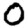
Digit: 0